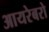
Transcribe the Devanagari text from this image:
आयरेबरो